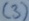
Text: (3)